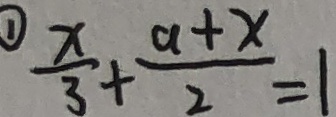
\textcircled { 1 } \frac { x } { 3 } + \frac { a + x } { 2 } = 1